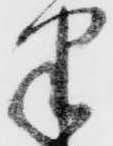
半